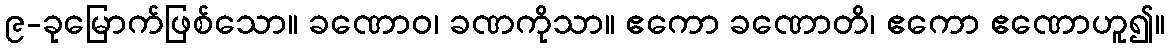
၉-ခုမြောက်ဖြစ်သော။ ခဏောဝ၊ ခဏကိုသာ။ ဧကော ခဏောတိ၊ ဧကော ဧဏောဟူ၍။